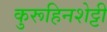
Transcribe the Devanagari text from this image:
कुरूहिनशेट्टी